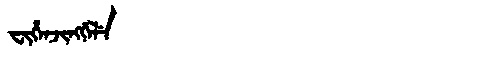
Manchu: ᠸᡳᡥᡝᠨᠵᡳᠩᡤᡝᠯᡝ
Romanization: FIHENJINGGELE